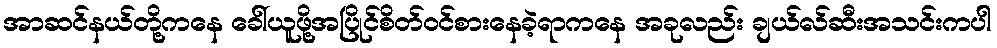
အာဆင်နယ်တို့ကနေ ခေါ်ယူဖို့အပြိုင်စိတ်ဝင်စားနေခဲ့ရာကနေ အခုလည်း ချယ်လ်ဆီးအသင်းကပါ